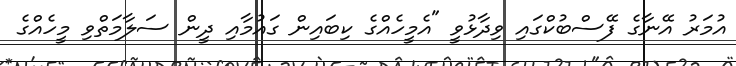
އުމަރު އޭނާގެ ފޭސްބުކްގައި ވިދާޅުވީ "އެމީހެއްގެ ކިބައިން ގައުމާއި ދީން ސަލާމަތްވި މީހެއްގެ